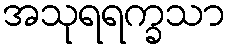
အသုရရက္ခသာ